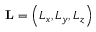
\mathbf { L } = \left( L _ { x } , L _ { y } , L _ { z } \right)